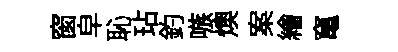
窗皁恥玷釣嗾燠案繪𥧄